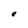
Character: e